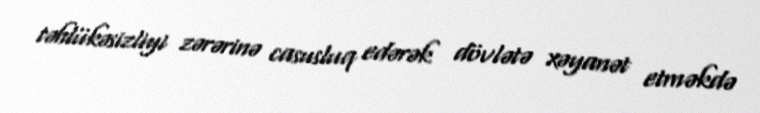
təhlükəsizliyi zərərinə casusluq edərək dövlətə xəyanət etməkdə